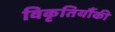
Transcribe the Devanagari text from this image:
विकृतियौंकी